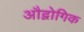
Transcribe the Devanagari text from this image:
औद्वोगिक